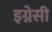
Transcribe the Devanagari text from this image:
इग्नेसी